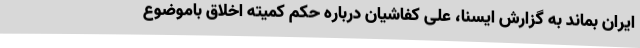
ایران بماند به گزارش ایسنا، علی کفاشیان درباره حکم کمیته اخلاق باموضوع